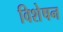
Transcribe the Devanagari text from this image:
विशेषन